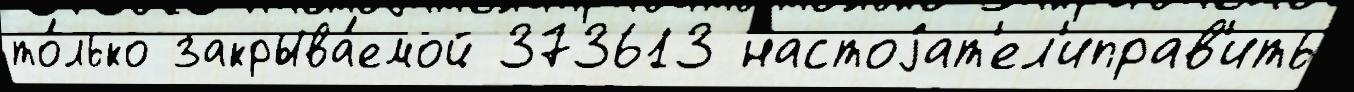
то́лько закрыва́емой 373613 настоjат'ел'иправ'ить